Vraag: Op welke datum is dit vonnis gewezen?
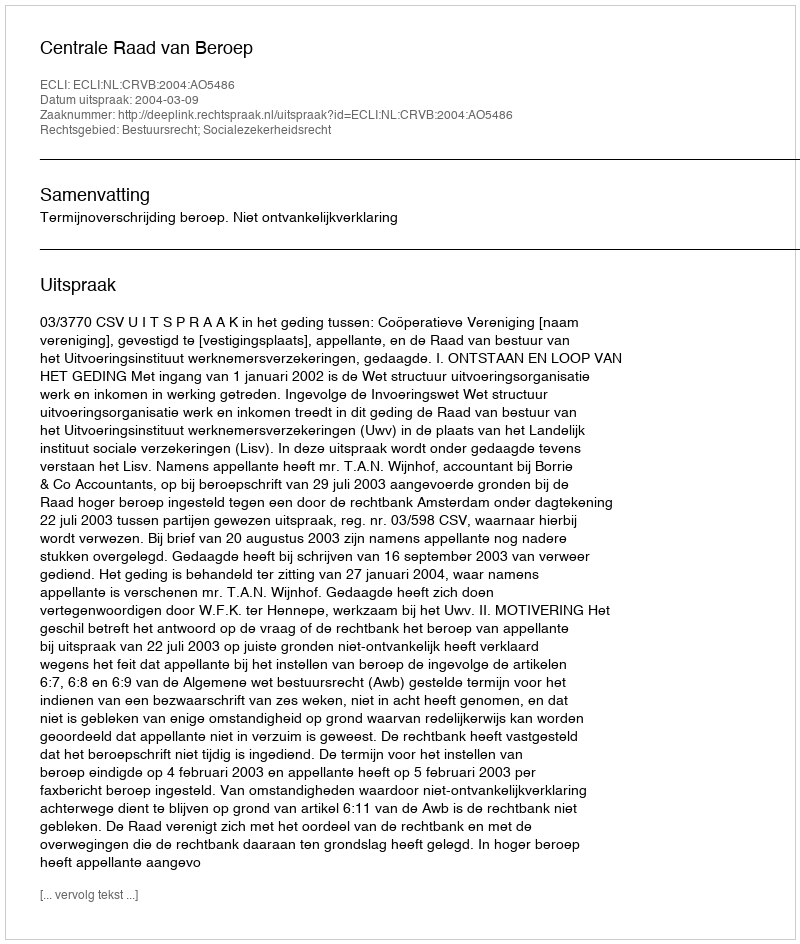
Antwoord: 2004-03-09